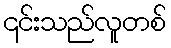
၎င်းသည်လူတစ်